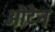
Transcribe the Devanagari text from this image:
औटेन